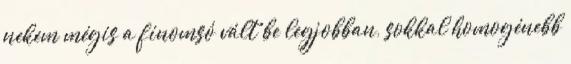
nekem mégis a finomsó vált be legjobban, sokkal homogénebb